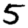
Digit: 5